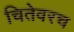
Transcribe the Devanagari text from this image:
चितेवरच